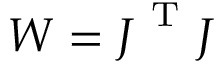
\boldsymbol { W } = \boldsymbol { J } ^ { \mathrm { ~ T ~ } } \boldsymbol { J }